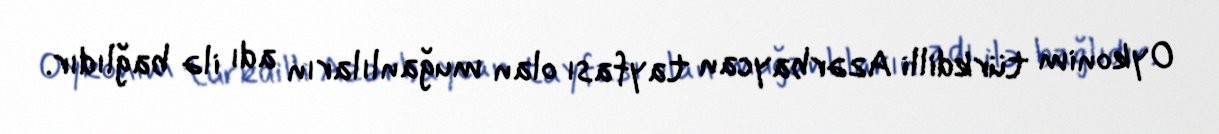
Oykonim türkdilli Azərbaycan tayfası olan muğanlıların adı ilə bağlıdır.